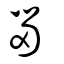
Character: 𡿺